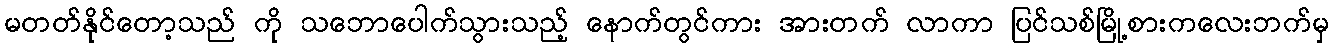
မတတ်နိုင်တော့သည် ကို သဘောပေါက်သွားသည့် နောက်တွင်ကား အားတက် လာကာ ပြင်သစ်မြို့စားကလေးဘက်မှ